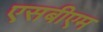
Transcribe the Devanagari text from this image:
एसबीएम